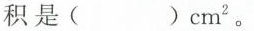
积是（）cm^{2}。